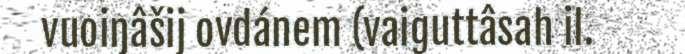
vuoiŋâšij ovdánem (vaiguttâsah il.